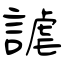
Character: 謔